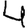
Digit: 4